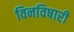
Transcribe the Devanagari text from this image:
विनविषारी